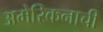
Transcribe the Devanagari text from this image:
अमेरिकनाची